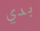
بدي